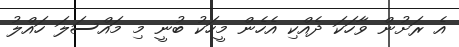
އެ ރަށުން ވާހަކަ ދެއްކި އެހެން މީހަކު ބުނީ މި މައްސަލަ ހައްލު